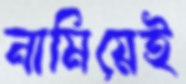
নামিয়েই